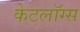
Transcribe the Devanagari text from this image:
केटलॉग्स